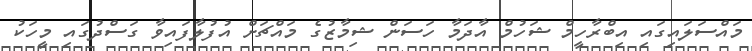
މައްސަލައިގައި އިބްރާހީމް ޝަހުމް އާދަމާ ހަސަން ޝިމާޒުގެ މައްޗަށް އުފުލާފައިވާ ގަސްދުގައި މީހަކު